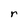
Character: r